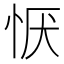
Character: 恹